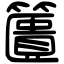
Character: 籄